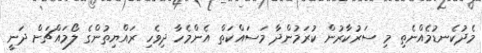
މެދުކެނޑުމެއްނެތި މި ސަރުކާރުން ކުރަމުންދާ މަސައްކަތް އެންމެހާ ދިވެހި ރައްޔިތުންގެ ލޯމައްޗަށް ދަނީ